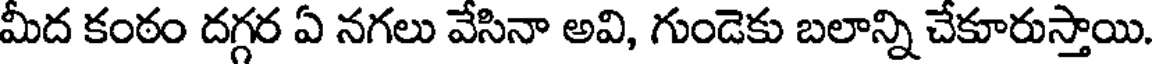
మీద కంఠం దగ్గర ఏ నగలు వేసినా అవి, గుండెకు బలాన్ని చేకూరుస్తాయి.